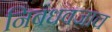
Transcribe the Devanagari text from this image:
निबंधवजाच